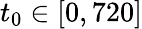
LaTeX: t_{0}\in[0,720]